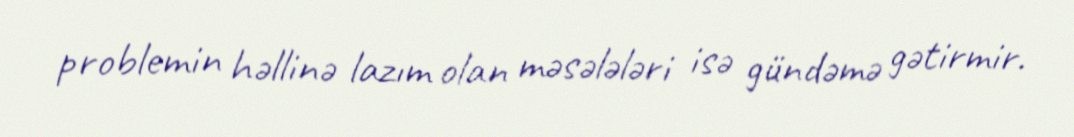
problemin həllinə lazım olan məsələləri isə gündəmə gətirmir.